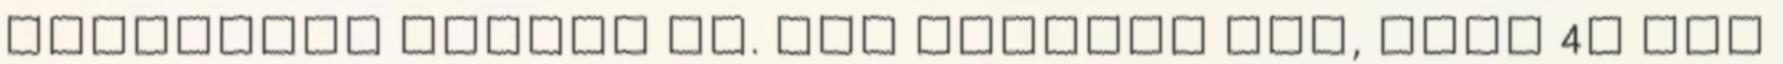
koppintva érheti el. Itt adhatja meg, hogy 4G LTE